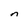
Character: n